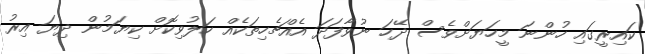
ކައިރީގައި ހުންނަ މީހަޔަށްވެސް ދޭހަ ނުވާފަދަ އެއްޗެހިތަކެއް ހަލުވިކޮށް ކިޔަމުން ދިޔަ އިރު